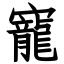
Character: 寵